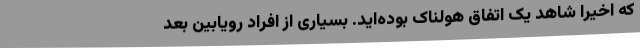
که اخیراً شاهد یک اتفاق هولناک بوده‌اید. بسیاری از افراد رویابین بعد